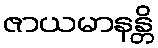
ဇာယမာနန္တိ